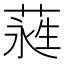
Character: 𮶭